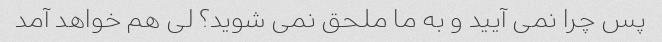
پس چرا نمی آیید و به ما ملحق نمی شوید؟ لی هم خواهد آمد